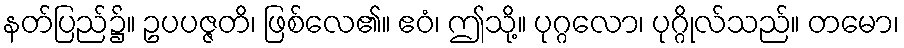
နတ်ပြည်၌။ ဥပပဇ္ဇတိ၊ ဖြစ်လေ၏။ ဧဝံ၊ ဤသို့။ ပုဂ္ဂလော၊ ပုဂ္ဂိုလ်သည်။ တမော၊